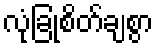
လုံခြုံစိတ်ချစွာ